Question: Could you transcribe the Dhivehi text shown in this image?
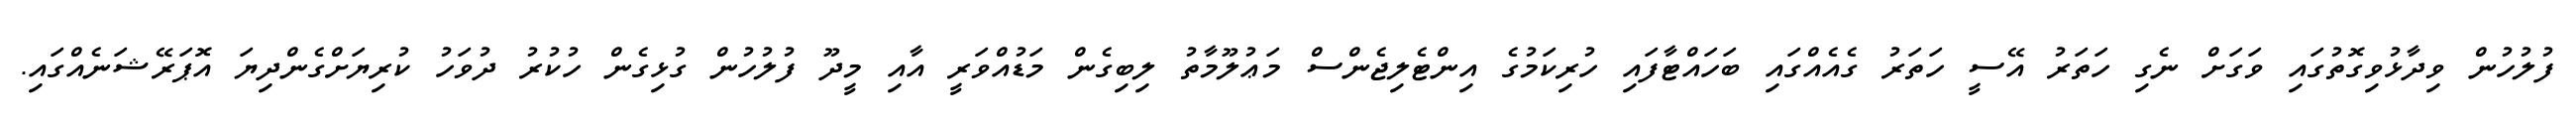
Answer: ފުލުހުން ވިދާޅުވިގޮތުގައި ވަގަށް ނެގި ހަތަރު އޭސީ ހަތަރު ގެއެއްގައި ބަހައްޓާފައި ހުރިކަމުގެ އިންޓެލިޖެންސް މަޢުލޫމާތު ލިބިގެން މަޑުއްވަރީ އާއި މީދޫ ފުލުހުން ގުޅިގެން ހުކުރު ދުވަހު ކުރިޔަށްގެންދިޔަ އޮޕަރޭޝަނެއްގައި.